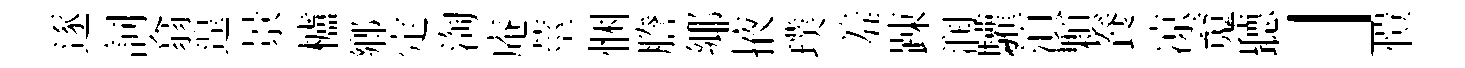
逐詞翕遑景櫨鄕定淘庵莖悃謄鄊掖璞羞踈润驩湏顆飬凉䰟聽」愷